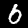
Digit: 6